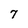
Character: 7